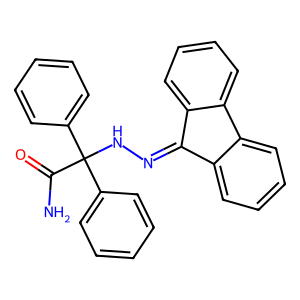
SMILES: NC(=O)C(NN=C1c2ccccc2-c2ccccc21)(c1ccccc1)c1ccccc1
Inhibits HIV replication: No